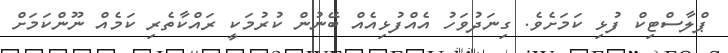
ޕްލާސްޓިކް ފުޅި ކަމަށެވެ. ގިނަދުވަހު އެއްފުޅިއެއް ބޭނުން ކުރުމަކީ ރައްކާތެރި ކަމެއް ނޫންކަމަށް